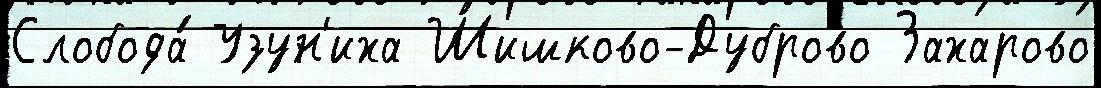
Слобода́ Узун'иха Шишково-Дуброво Захарово